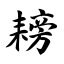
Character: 耪